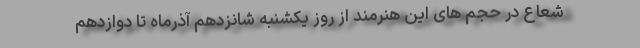
شعاع در حجم های این هنرمند از روز یکشنبه شانزدهم آذرماه تا دوازدهم